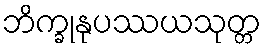
ဘိက္ခုနုပဿယသုတ္တ